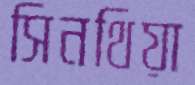
সিনথিয়া